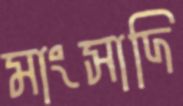
মাংসাদি